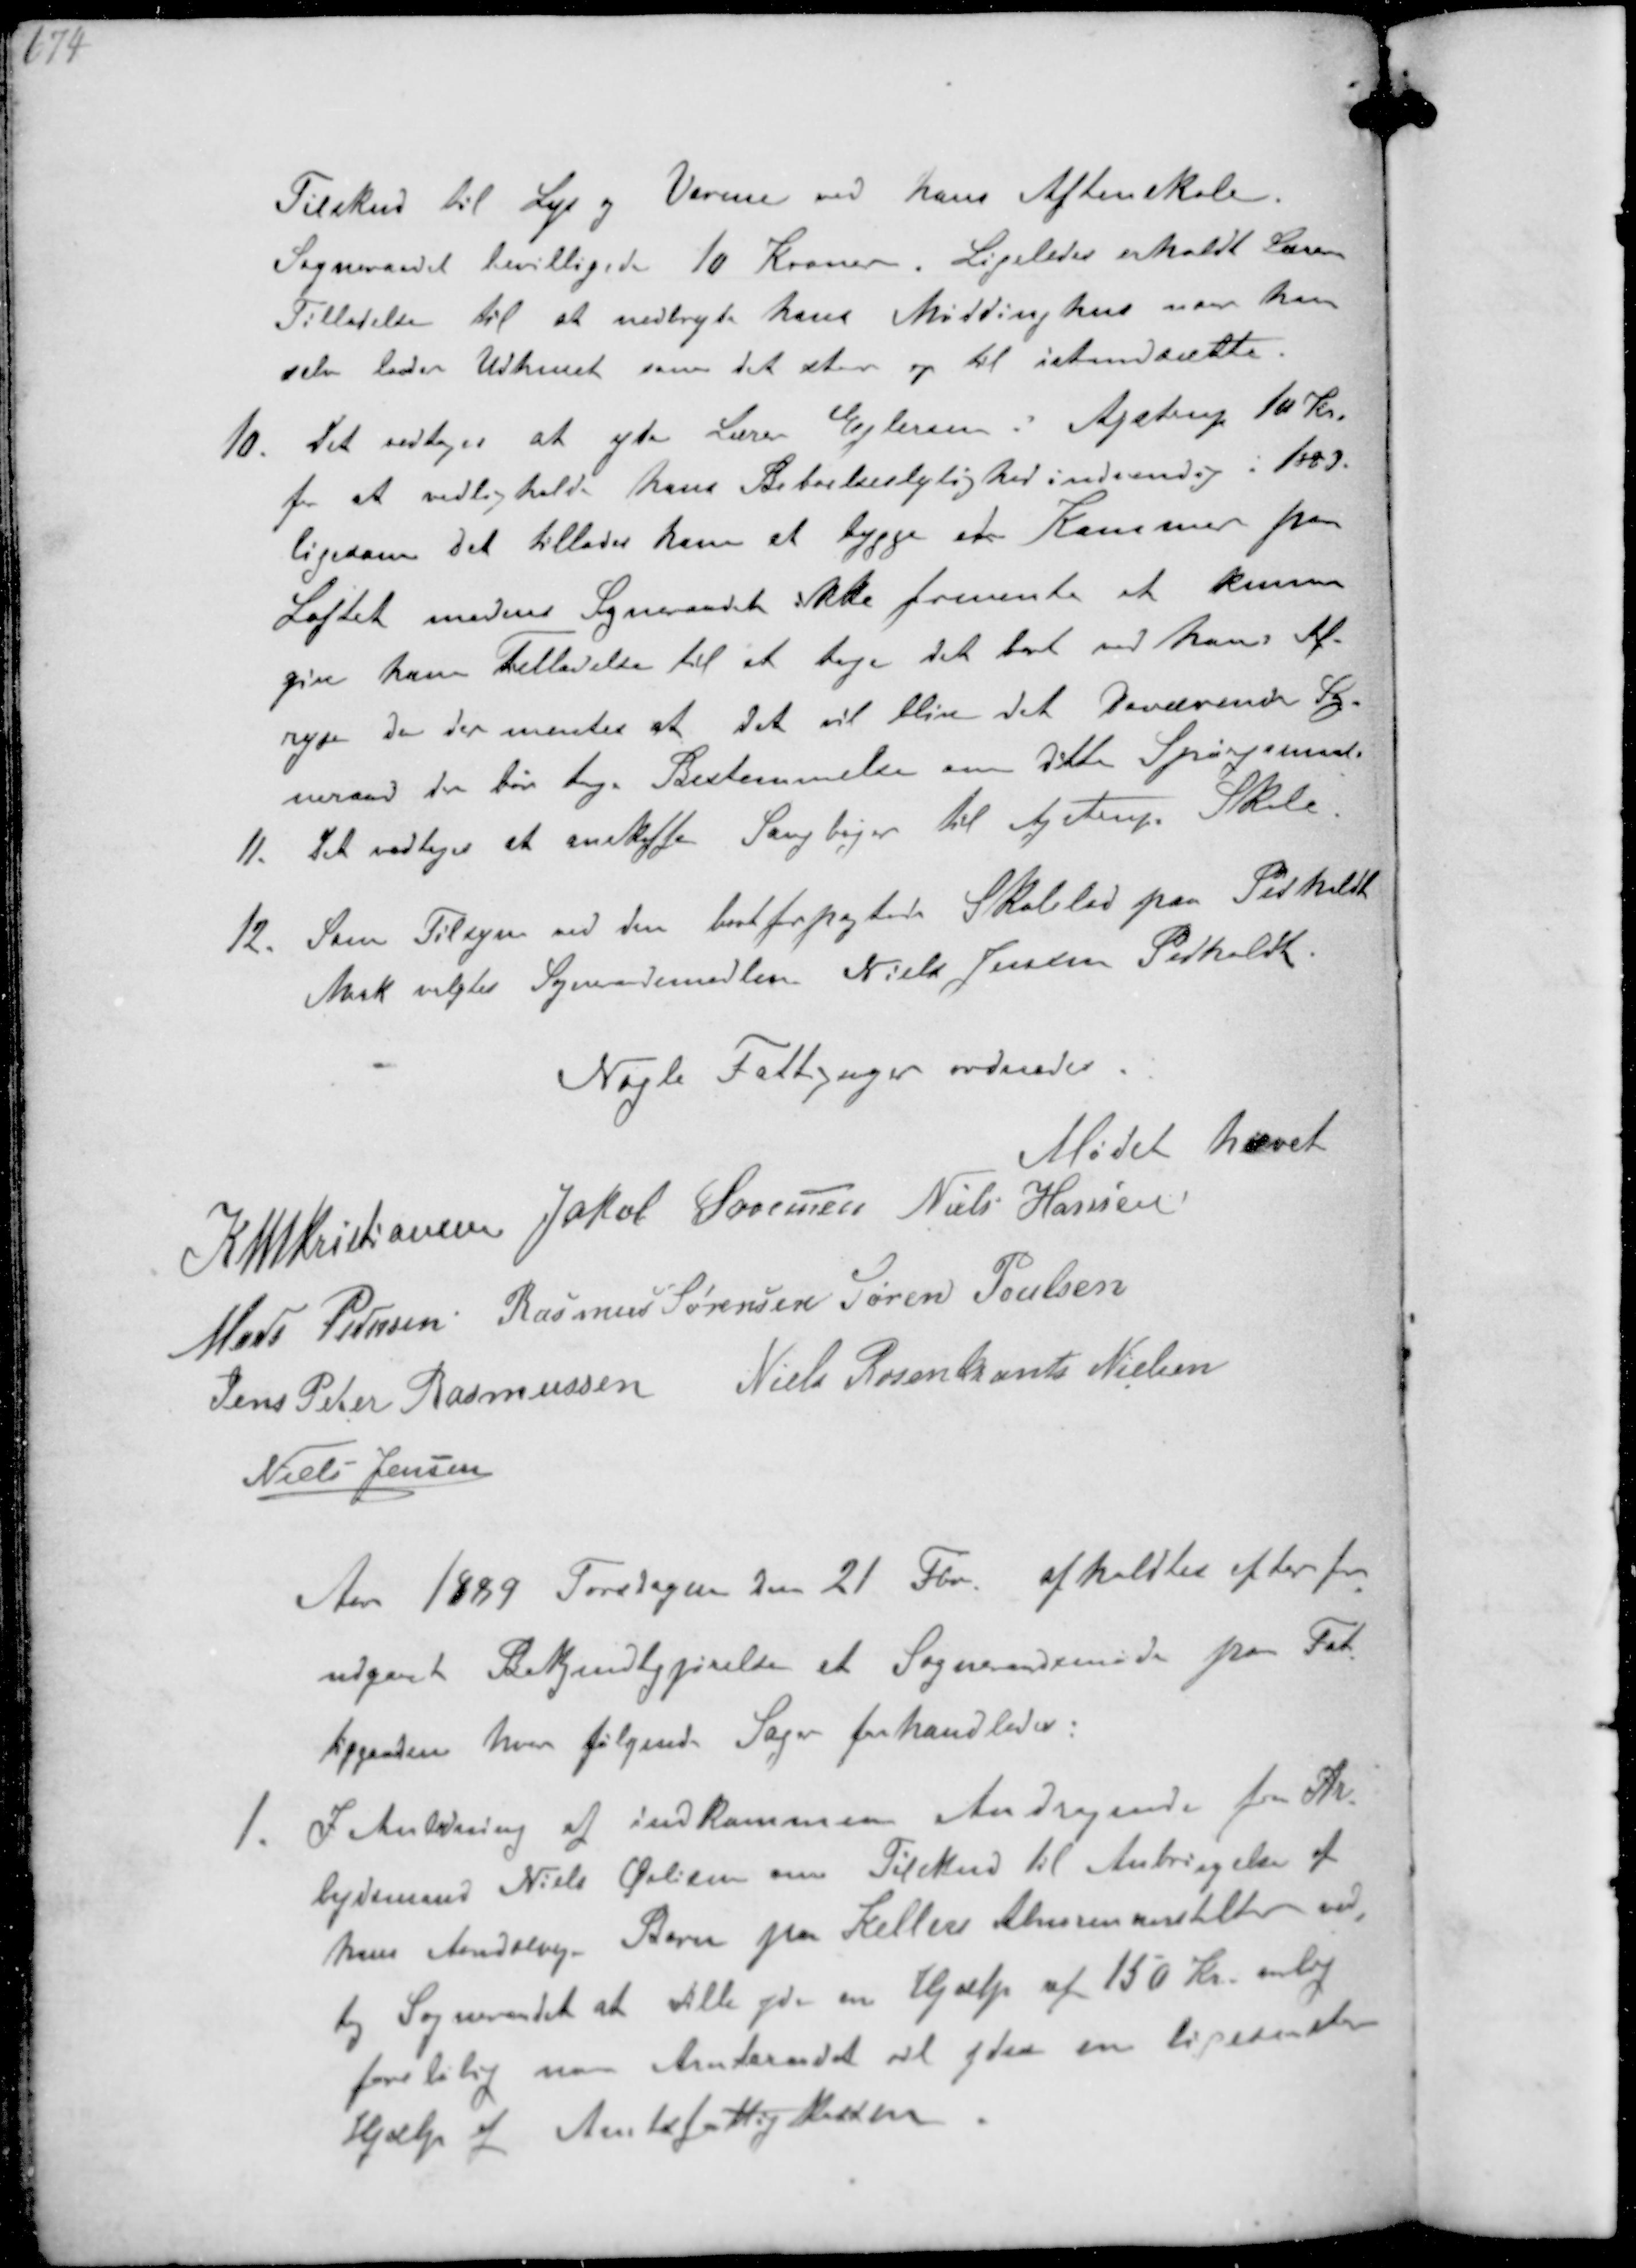
Transskription:
Tilskud til Lys og Varme ved hans Aftenskole
Sogneraadet bevilligede 10 Kroner. Ligeledes erholdt Læren
Tilladelse til at nedbryde hans Møddinghus naar han
selv lader Udhuset som det staar op til istandsætte
10. Det vedtoges at yde Lærer Ejlersen i Ajstrup 10 Kr.
for at vedligeholde hans Beboelseslejlighed indvendig i 1889.
ligesom det tillades ham at bygge en Kammer paa
Loftet medens Sogneraadet ikke fremente at kunne
give ham Tilladelse til at tage det bort ved hans Af-
rejse da der mentes at det vil blive det daværende Sog-
neraad de bør tage Bestemmelse om dette Spørgsmaal
11. Det vedtoges at anskaffe Sangbøger til Ajstrup Skole.
12. Som Tilsyn ved den bortforpagtere Skolelod paa Pedholdt
Mark valgtes Sogneraadsmedlem Niels Jensen Pedholdt

Nogle Fattigsager ordnedes
Mødet hævet
K N M Christiansen Jakob Sørensen Niels Hansen
Mads Pedersen Rasmus Sørensen Søren Poulsen
Jens Peter Rasmussen Niels Rosenkrands Nielsen
Niels Jensen

Aar 1889 Torsdagen den 21 Fbr afholdtes efter for-
udgaaet Bekendtgjørelse et Sogneraadsmøde paa Fat-
tiggaarden hvor følgende Sager forhandledes:
1. I Anledning af indkommen Andragende fra Ar-
bejdsmand Niels Øvlisen om Tilskud til Anbringelse af
hans Aandsvage Barn pa Kellers Alumneanstalter ved-
tog Sogneraadet at ville yde en Hjælp af 150 Kr aarlig
foreløbig naar Amtsrådet at yde en lignende
Hjælp af Amtsfattigkassen